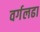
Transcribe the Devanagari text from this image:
वर्गलढा